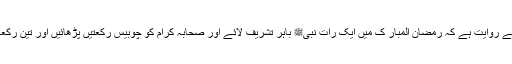
سید نا جابر ؓ سے روایت ہے کہ رمضان المبار ک میں ایک رات نبیﷺ باہر تشریف لائے اور صحابہ کرام کو چوبیس رکعتیں پڑھائیں اور تین رکعات وتر پڑھے۔